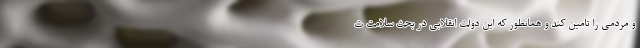
و مردمی را تامین کند و همانطور که این دولت انقلابی در بحث سلامت ت